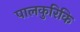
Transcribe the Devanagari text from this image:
पालकुरिकि